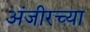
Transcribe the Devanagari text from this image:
अंजीरच्या